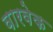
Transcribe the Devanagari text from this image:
वारवेक